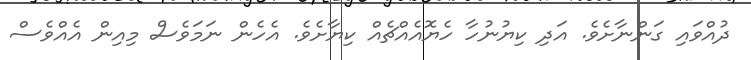
ދުއްވައި ގަންނާށެވެ. އަދި ކިޔުނުހާ ހެޔޮއެއްޗެއް ކިޔާށެވެ. އެހެން ނަމަވެސް މިއިން އެއްވެސް